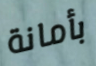
بأمانة